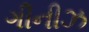
ગીનીઝ